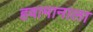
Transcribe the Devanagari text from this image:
हवामानाला